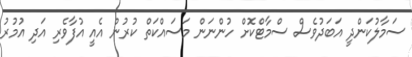
ސަމާލުކަންދީ އަބަދުވެސް ސްމާޓްކޮށް ހުންނަން މަސައްކަތް ކުރުން އެއީ އުފާވެރި އަދި އުމުރު